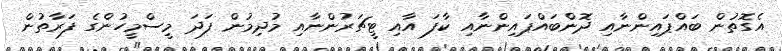
އެގޮތުން ބައްޕައިންނާއި ދޮންބައްޕައިންނާއި ކާފަ އާއި ޓީޗަރުންނާއި މުދިމުން ފަދަ މީސްމީހުންގެ ފަރާތުން